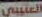
العتيبي